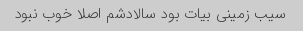
سیب زمینی بیات بود سالادشم اصلا خوب نبود